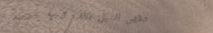
مقهى النيل يقدم قهوة عربي